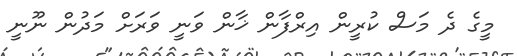
މީގެ ދެ މަސް ކުރީން އިރްފާން ޚާން ވަނީ ވަރަށް މަދުން ނޫނީ